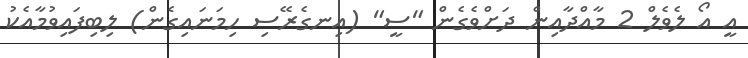
އީ އޯ ލެވެލް 2 މާއްދާއިން ދަށްވެގެން "ސީ" (އިނގެރޭސި ހިމަނައިގެން) ލިބިިފައިވުމާއެކު